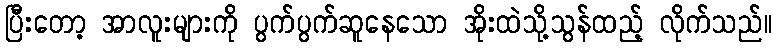
ပြီးတော့ အာလူးများကို ပွက်ပွက်ဆူနေသော အိုးထဲသို့သွန်ထည့် လိုက်သည်။